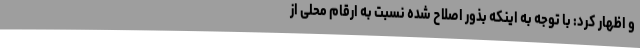
و اظهار کرد: با توجه به اینکه بذور اصلاح شده نسبت به ارقام محلی از